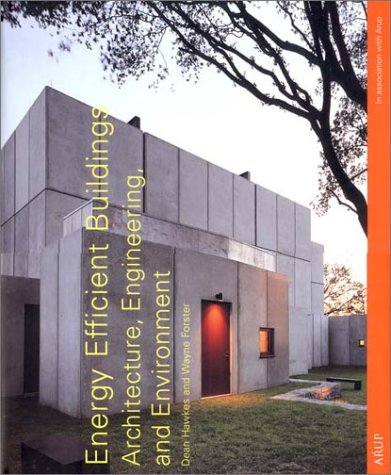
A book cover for Energy Efficient Buildings: Architecture, Engineering, and Environment; Wayne Forster; Crafts, Hobbies & Home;